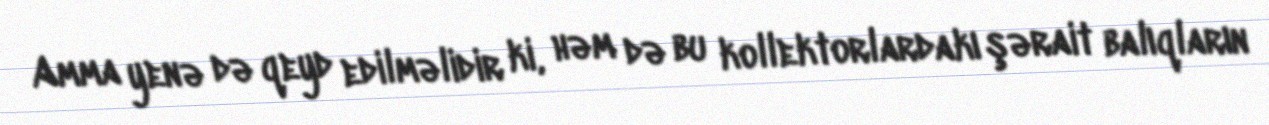
Amma yenə də qeyd edilməlidir ki, həm də bu kollektorlardakı şərait balıqların